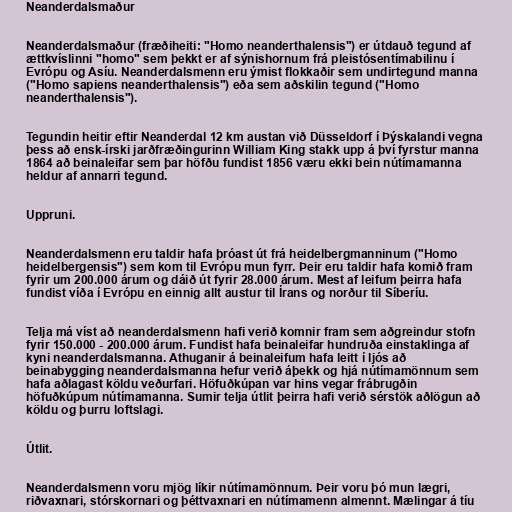
Neanderdalsmaður

Neanderdalsmaður (fræðiheiti: "Homo neanderthalensis") er útdauð tegund af
ættkvíslinni "homo" sem þekkt er af sýnishornum frá pleistósentímabilinu í
Evrópu og Asíu. Neanderdalsmenn eru ýmist flokkaðir sem undirtegund manna
("Homo sapiens neanderthalensis") eða sem aðskilin tegund ("Homo
neanderthalensis").

Tegundin heitir eftir Neanderdal 12 km austan við Düsseldorf í Þýskalandi vegna
þess að ensk-írski jarðfræðingurinn William King stakk upp á því fyrstur manna
1864 að beinaleifar sem þar höfðu fundist 1856 væru ekki bein nútímamanna
heldur af annarri tegund.

Uppruni.

Neanderdalsmenn eru taldir hafa þróast út frá heidelbergmanninum ("Homo
heidelbergensis") sem kom til Evrópu mun fyrr. Þeir eru taldir hafa komið fram
fyrir um 200.000 árum og dáið út fyrir 28.000 árum. Mest af leifum þeirra hafa
fundist víða í Evrópu en einnig allt austur til Írans og norður til Síberíu.

Telja má víst að neanderdalsmenn hafi verið komnir fram sem aðgreindur stofn
fyrir 150.000 - 200.000 árum. Fundist hafa beinaleifar hundruða einstaklinga af
kyni neanderdalsmanna. Athuganir á beinaleifum hafa leitt í ljós að
beinabygging neanderdalsmanna hefur verið áþekk og hjá nútímamönnum sem
hafa aðlagast köldu veðurfari. Höfuðkúpan var hins vegar frábrugðin
höfuðkúpum nútímamanna. Sumir telja útlit þeirra hafi verið sérstök aðlögun að
köldu og þurru loftslagi.

Útlit.

Neanderdalsmenn voru mjög líkir nútímamönnum. Þeir voru þó mun lægri,
riðvaxnari, stórskornari og þéttvaxnari en nútímamenn almennt. Mælingar á tíu